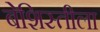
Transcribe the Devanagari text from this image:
बेशिस्तीला